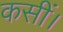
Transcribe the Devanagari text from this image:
कसीं।